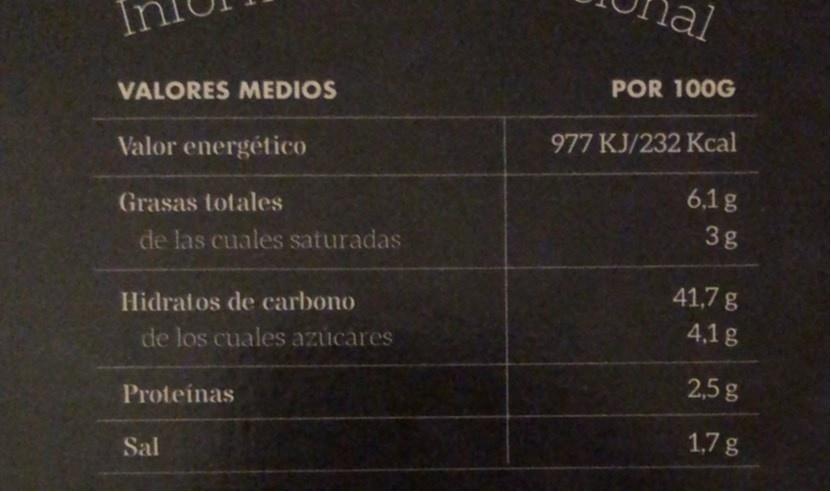
lal
POR 100G
VALORES MEDIOS
977 KJ/232 Kcal
Valor energético
6,1g
Grasas totales
3g
de las cuales saturadas
41,7 g
Hidratos de carbono
4,1 g
de los cuales azúcares
2,5 g
Proteínas
1,7 g
Sal